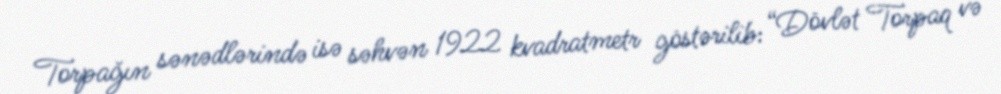
Torpağın sənədlərində isə səhvən 1922 kvadratmetr göstərilib: “Dövlət Torpaq və